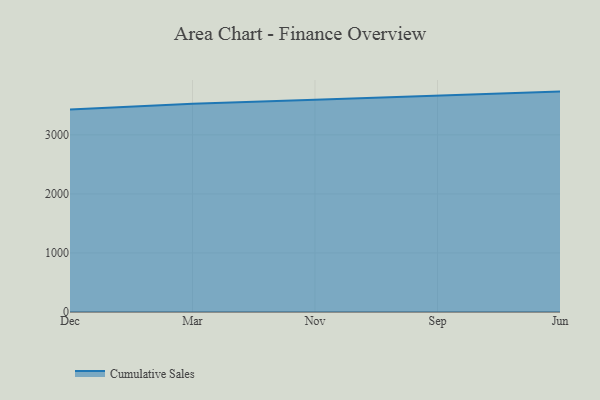
{"axis": {"x": "Month", "y": "Tickets Resolved"}, "legend": ["Cumulative Sales"], "data": [{"x": "Dec", "y": 3429.2, "type": "Cumulative Sales"}, {"x": "Mar", "y": 3524.8, "type": "Cumulative Sales"}, {"x": "Nov", "y": 3594.3, "type": "Cumulative Sales"}, {"x": "Sep", "y": 3660.9, "type": "Cumulative Sales"}, {"x": "Jun", "y": 3732.5, "type": "Cumulative Sales"}]}